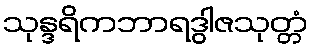
သုန္ဒရိကဘာရဒွါဇသုတ္တံ